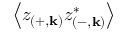
\left\langle z _ { \left( + , \mathbf { k } \right) } z _ { \left( - , \mathbf { k } \right) } ^ { * } \right\rangle